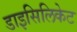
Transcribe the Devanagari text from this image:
डाइसिलिकेट